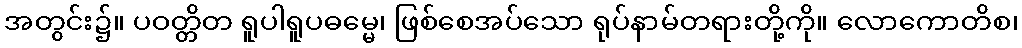
အတွင်း၌။ ပဝတ္တိတ ရူပါရူပဓမ္မေ၊ ဖြစ်စေအပ်သော ရုပ်နာမ်တရားတို့ကို။ လောကောတိစ၊